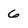
Character: 6